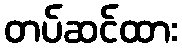
တပ်ဆင်ထား